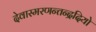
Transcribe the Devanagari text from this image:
देवास्मरणन्तन्द्रदियो